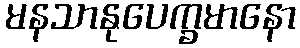
မနသာနုပေက္ခမာနော